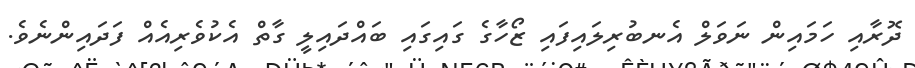
ދޮރާއި ހަމައިން ނަވަލް އެނބުރިލައިފައި ޒޯހާގެ ގައިގައި ބައްދައިލީ ގާތް އެކުވެރިއެއް ފަދައިންނެވެ.